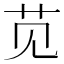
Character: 苋